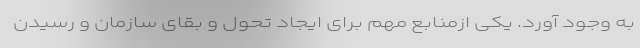
به وجود آورد. یکی ازمنابع مهم برای ایجاد تحول و بقای سازمان و رسیدن